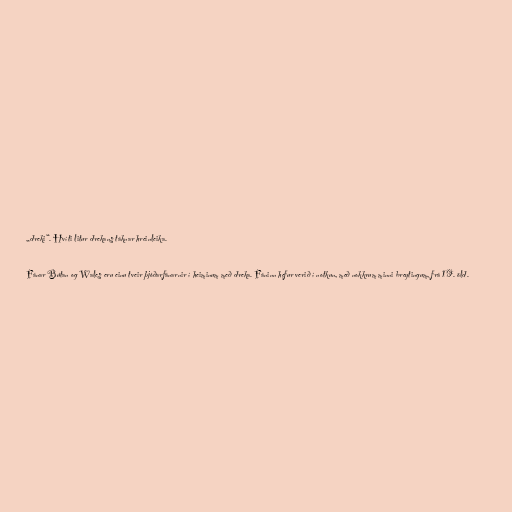
„dreki“. Hvíti litur drekans táknar hreinleika.

Fánar Bútan og Wales eru einu tveir þjóðarfánarnir í heiminum með dreka. Fáninn hefur verið í notkun, með nokkrum minni breytingum, frá 19. öld.